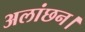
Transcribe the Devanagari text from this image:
अलांछन।